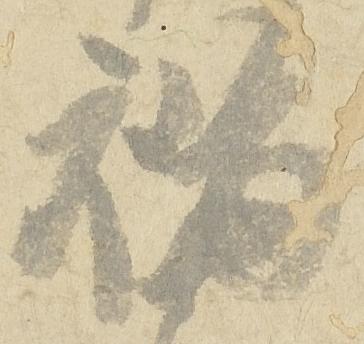
福